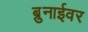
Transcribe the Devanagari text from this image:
ब्रुनाईवर